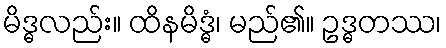
မိဒ္ဓလည်း။ ထိနမိဒ္ဓံ၊ မည်၏။ ဥဒ္ဓတဿ၊